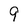
Character: 9